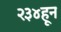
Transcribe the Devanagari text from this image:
२३४हून